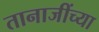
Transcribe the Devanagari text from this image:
तानाजींच्या